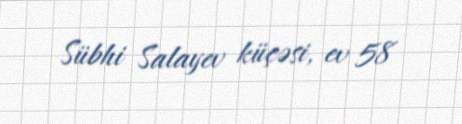
Sübhi Salayev küçəsi, ev 58